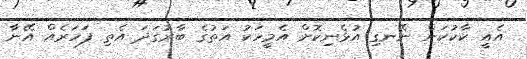
އެއީ ކާކުކަން ނޭނގި އުޅެނިކޮށް އެމީހަކު އަތުގެ ބާރުގަދަ އެތި ފަހަރެއް އޭނާ